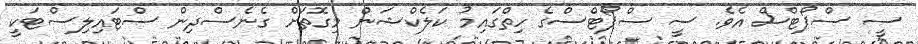
ސީ ސްޕޯޓްސް އެވެ. ސީ ސްޕޯޓްސްގެ ހިތްގައިމު ކަލެކްޝަން މިގޮތަށް ގެނެސްދިން ސްޓައިލިސްޓަކީ